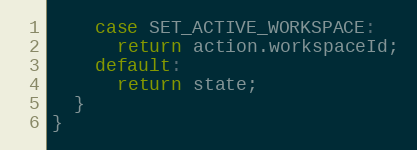
Language: JavaScript
    case SET_ACTIVE_WORKSPACE:
      return action.workspaceId;
    default:
      return state;
  }
}